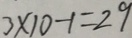
3 \times 1 0 - 1 = 2 9